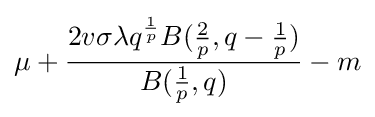
\mu +{\frac {2v\sigma \lambda q^{\frac {1}{p}}B({\frac {2}{p}},q-{\frac {1}{p}})}{B({\frac {1}{p}},q)}}-m